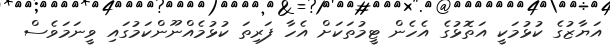
އަޔާޒުގެ ކުޅުމަކީ އަތޮޅުގެ އެހެން ޓީމުތަކަށް އެހާ ފަރިތަ ކުޅުމެއްނޫންކަމުގައި ވީނަމަވެސް